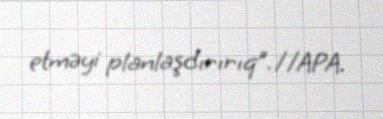
etməyi planlaşdırırıq”.//APA.